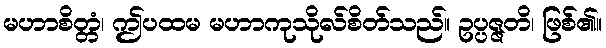
မဟာစိတ္တံ၊ ဤပထမ မဟာကုသိုလ်စိတ်သည်။ ဥပ္ပဇ္ဇတိ၊ ဖြစ်၏။